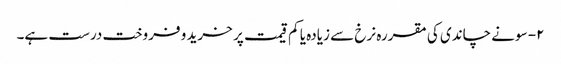
۲- سونے چاندی کی مقررہ نرخ سے زیادہ یا کم قیمت پر خرید و فروخت درست ہے۔